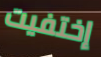
إختفيت